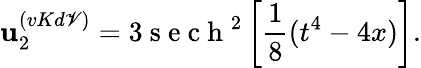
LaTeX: \mathbf{u}_{2}^{(vKd\mathscr{V})}=3\mathrm{{~s~e~c~h~}}^{2}\left[\frac{{1}}{{8}}(t^{4}-4x)\right].